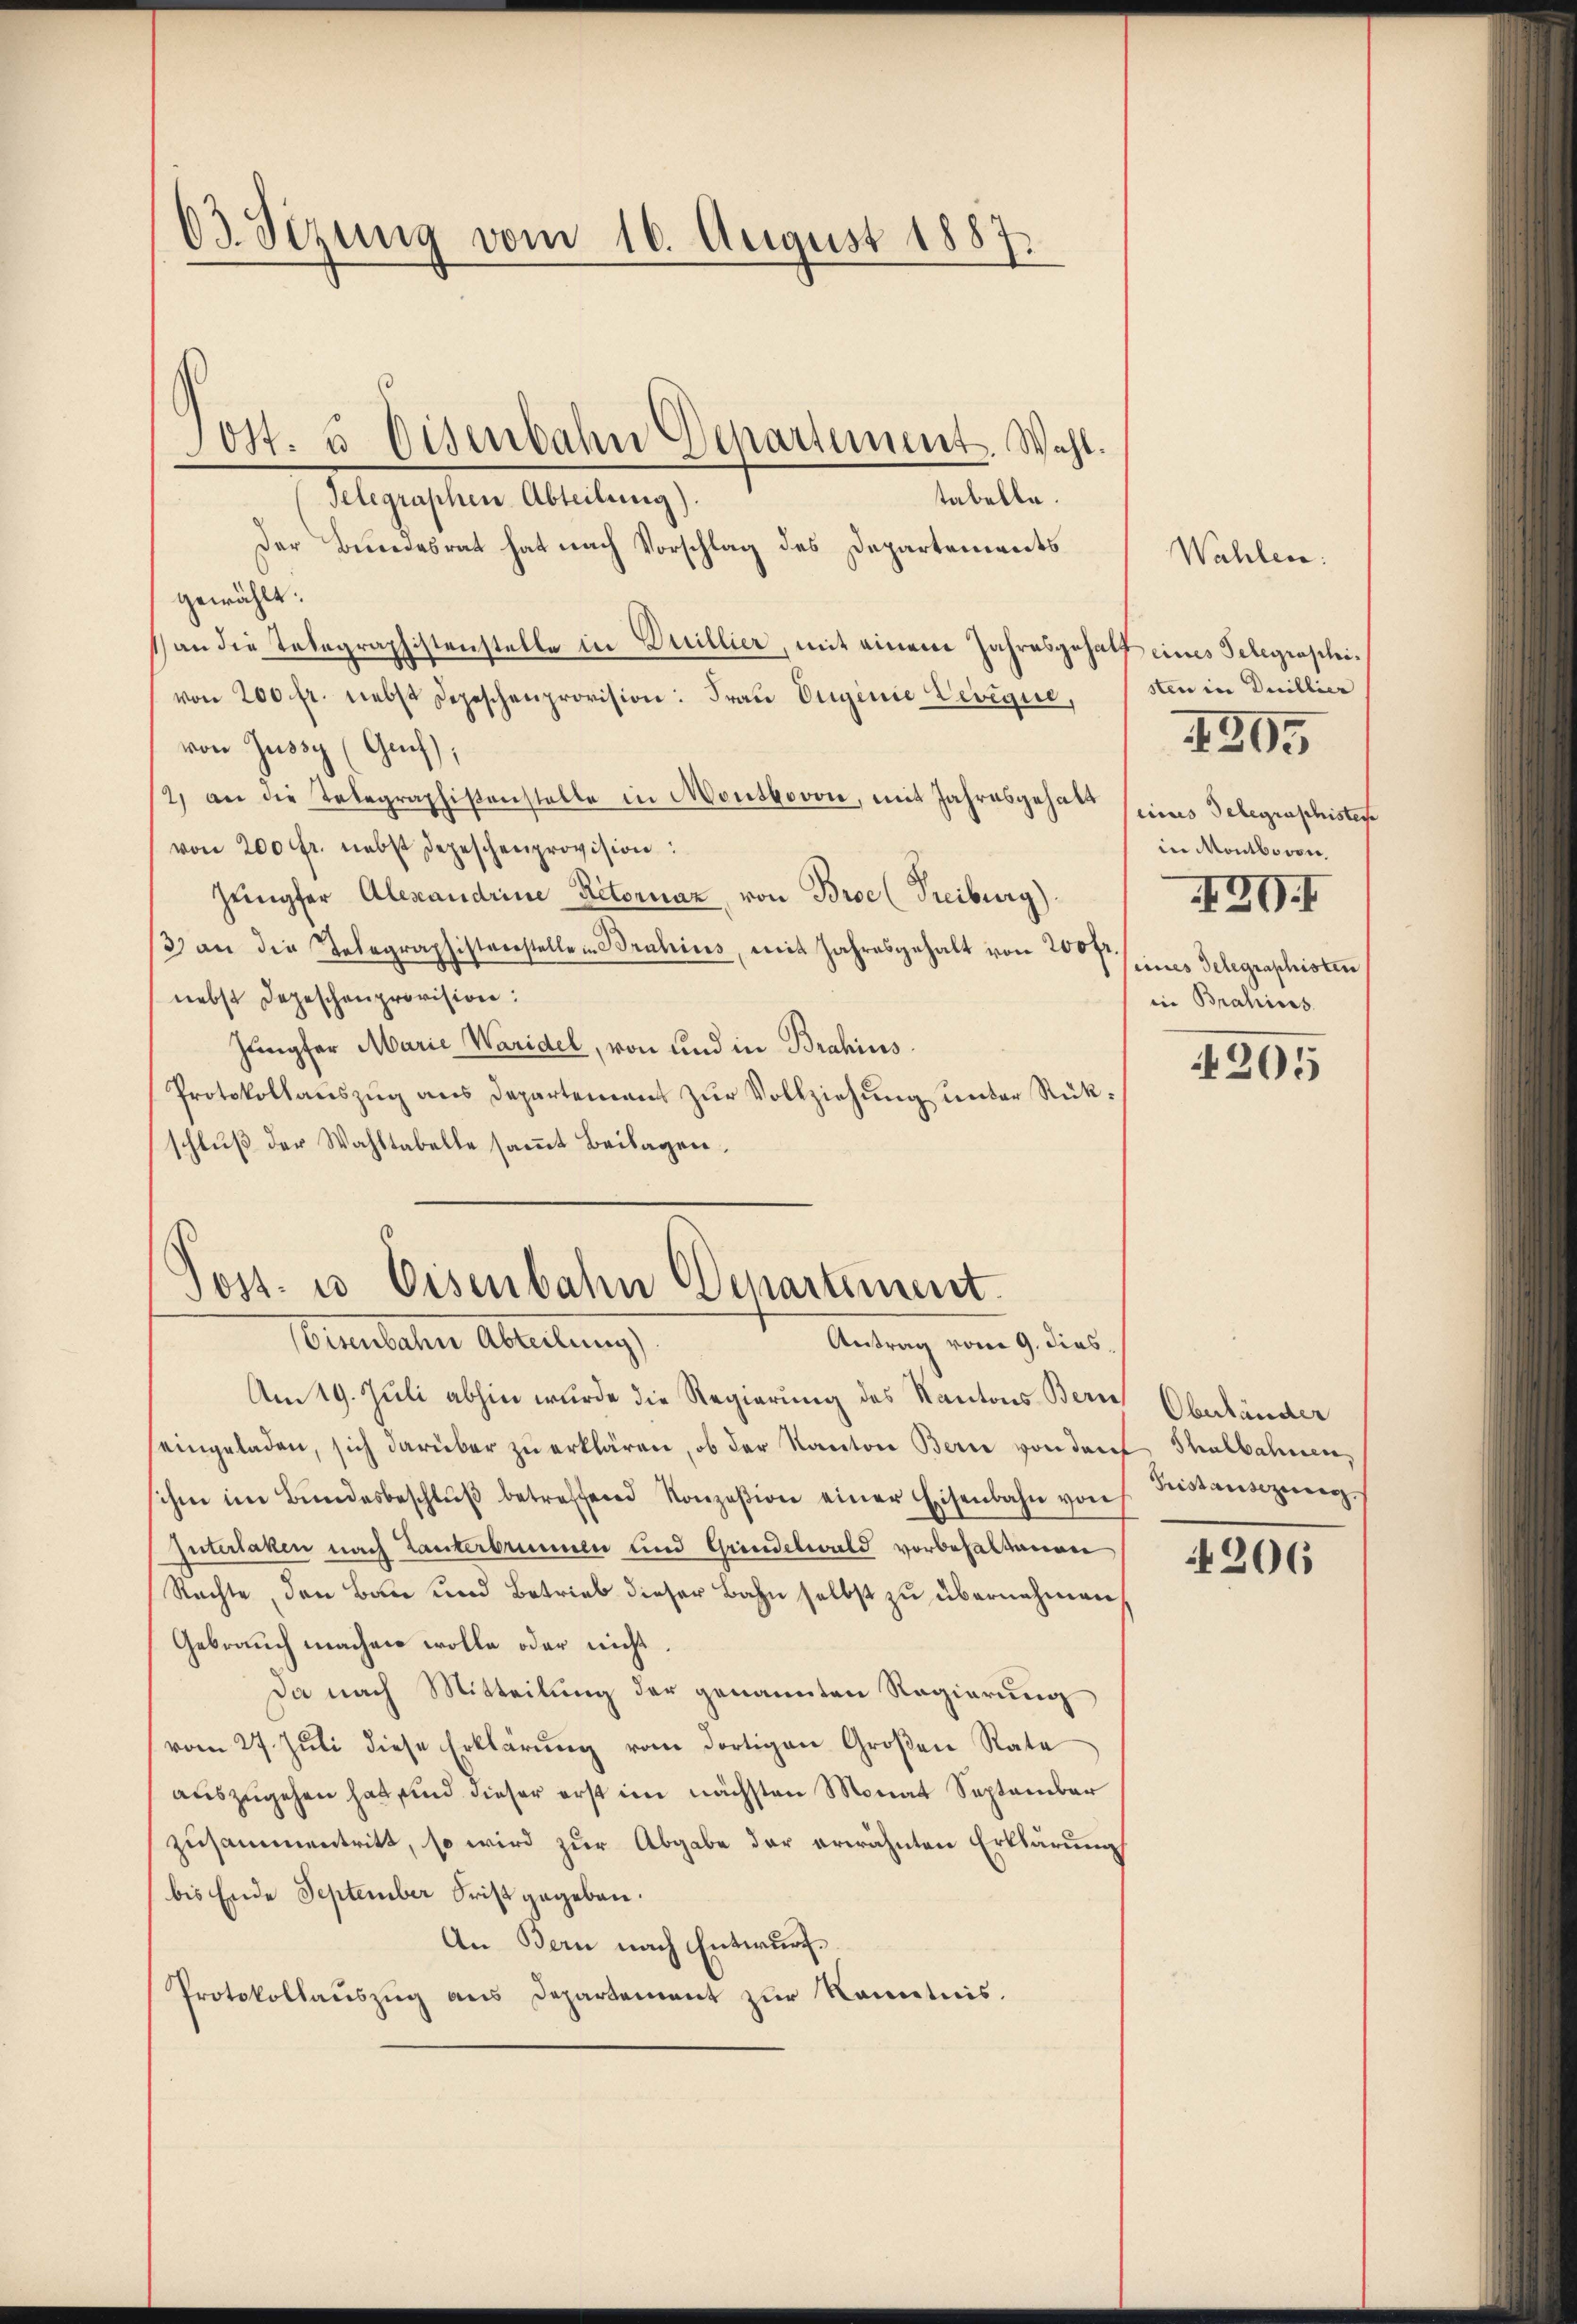
03. Sezung vom 16. August 1887.

tabelle.
Telegraphen Abteilung)
Der Bundesrat hat nach Vorschlag des Departements
gewählt:
an die Telegraphistenstelle in Duillier, mit einem Jahresgehalt eines Telegrascheivon 200 fr. nebst Depeschenprovision: Frau Eugenie Levigue,
von Zusic (Genf),
/2, an die Telegraphistenstelle in Monsbovon, mit Jahresgehalt
von 200 fr. nebst Depeschenprovision:
Zümpfer Alexandrine Retornaz, von Broe (Freiburg)
3) an die Telegraphistenstelle in Bruhius, mit Jahresgehalt von 200 fr.
nebst Depeschenprovision:
Jungfer Marie Waridel, von und in Brahins
Protokollaŭszŭg ans Departement zŭr Vollziehung unter Rükschlŭβ der Wahltabelle saṁt Beilagen.

Post. u. Eisenbahn Departement. Wahl.

Post- u Eisenbahn Departement.
iuntalen Ableitung
Antrag vom 9. dies

Am 19. Juli abhin wurde die Regierung des Kantons Bern
seingeladen, sich darüber zu erklären, ob der Kanton Bern von der
ihm im Bundesbeschlŭβ betreffend Konzesion einer Eisenbahn von
Interlaken nach Tanterbrunnen und Grindelwald vorbehaltenen
Rechte, den Bau und Betrieb dieser Bahn selbst zu übernehmen
Gebrauch machen wolle oder nicht.
Da nach Mitteilung der genannten Regierung
vom 27. Jŭli diese Erklärŭng vom dortigen Großen Rate
auszugehen hat sind dieser erst im nächsten Monat September
zusammentritt, so wird zur Abgabe der erwähnten Erklärung
bis Ende September Frist gegeben.
An Bern nach Entwurf
Protokollaŭszŭg ans Departement zŭr Kenntnis.

sten in Duillier
eines Gelegraphistere
in Montbovon,
20.
seines Telegraphisten
iin Brahires.

Wahlen.

1305

205

Oberländer
Thalbahnen,
Fristansezung

206